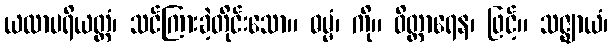
ယထာပရိယတ္တံ၊ သင်ကြားခဲ့တိုင်းသော။ ဓမ္မံ၊ ကို။ ဝိတ္တာရေန၊ ဖြင့်။ သဇ္ဈာယံ၊